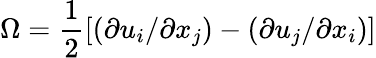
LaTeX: \Omega=\frac{1}{2}\left[\left(\partial u_{i}/\partial x_{j}\right)-\left(\partial u_{j}/\partial x_{i}\right)\right]